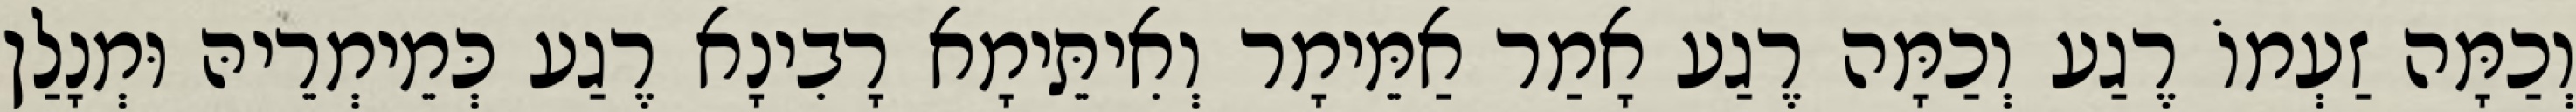
וְכַמָּה זַעְמוֹ רֶגַע וְכַמָּה רֶגַע אָמַר אַמֵּימָר וְאִיתֵּימָא רָבִינָא רֶגַע כְּמֵימְרֵיהּ וּמְנָלַן